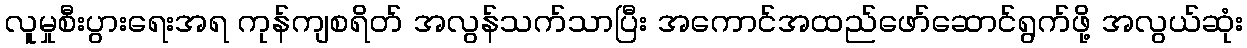
လူမှုစီးပွားရေးအရ ကုန်ကျစရိတ် အလွန်သက်သာပြီး အကောင်အထည်ဖော်ဆောင်ရွက်ဖို့ အလွယ်ဆုံး